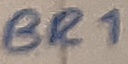
Text: BR1